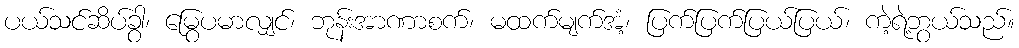
ပယ်သင်ဆိပ်ခွါ၊ မြွေပမာလျှင်၊ ဘုန်းအာဏာစက်၊ မထက်မျက်အံ့၊ ပြက်ပြက်ပြယ်ပြယ်၊ ကဲ့ရဲ့ဘွယ်သည်။